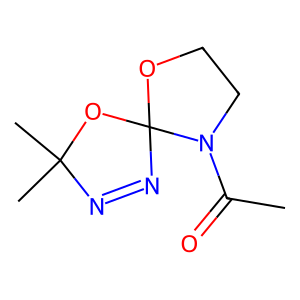
SMILES: CC(=O)N1CCOC12N=NC(C)(C)O2
Inhibits HIV replication: No